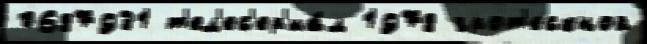
0687931 т'ел'ес'ер'иа́л 1978 грот'ескной